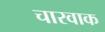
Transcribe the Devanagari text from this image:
चारवाक